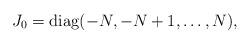
LaTeX: \begin{align*}J_0=\operatorname{diag}(-N, -N+1, \ldots, N),\end{align*}